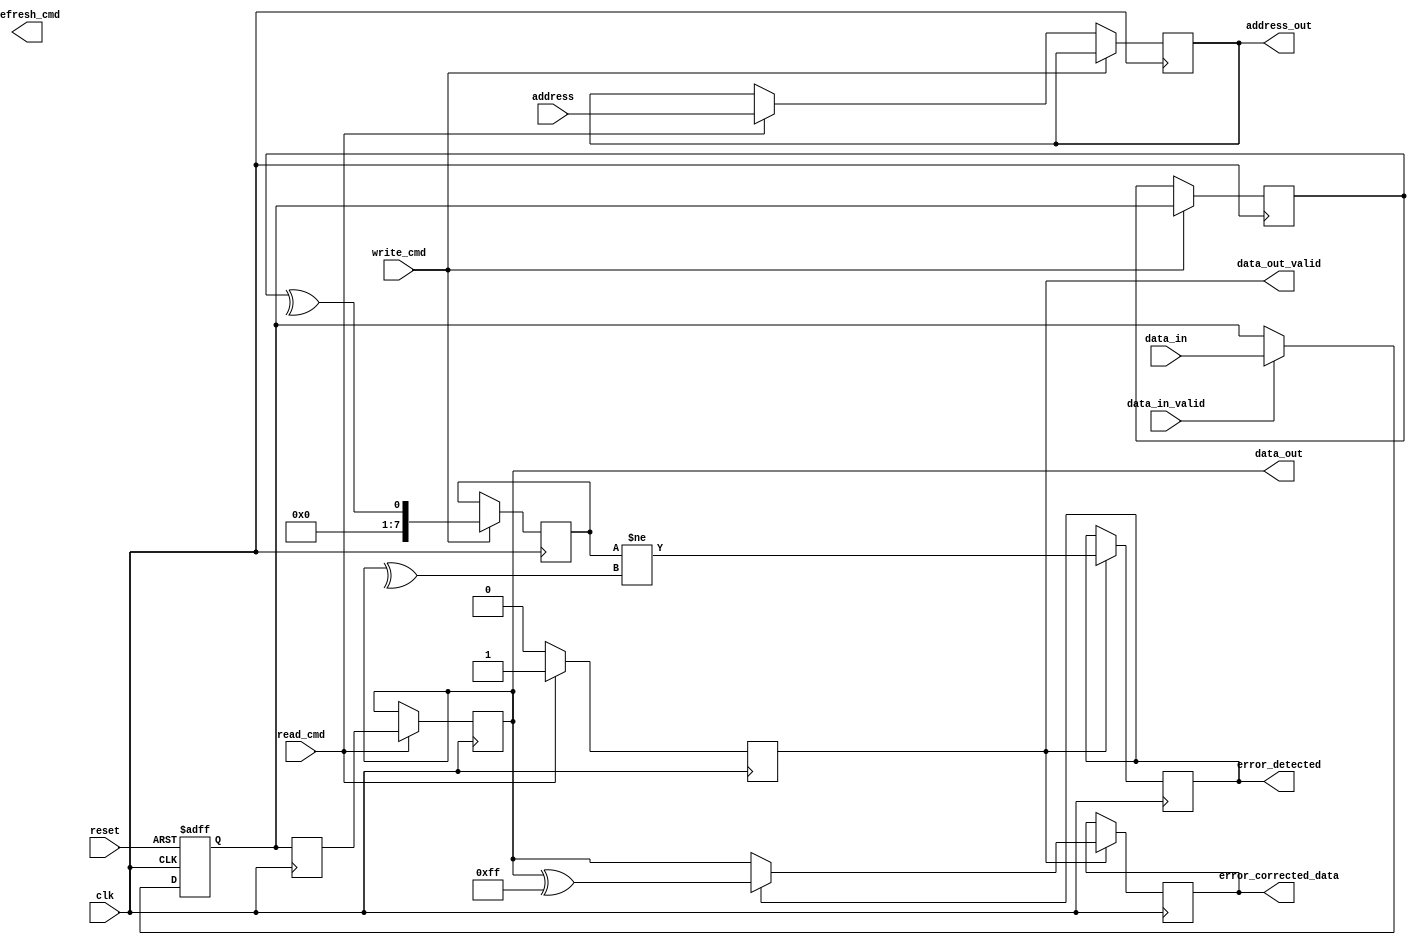
module io_block (
    input wire clk,                     // Clock signal
    input wire reset,                   // Reset signal
    input wire [7:0] data_in,           // Input data from external controller
    input wire data_in_valid,           // Valid signal for input data
    output reg [7:0] data_out,          // Output data to external controller
    output reg data_out_valid,          // Valid signal for output data
    input wire read_cmd,                // Read command signal
    input wire write_cmd,               // Write command signal
    input wire [15:0] address,          // Address input for memory access
    output reg [15:0] address_out,      // Address output for memory access
    output reg refresh_cmd,             // Refresh command signal
    output reg error_detected,          // Error detected signal
    output reg [7:0] error_corrected_data // Corrected data output
);

    // Internal signals
    reg [7:0] data_latch;               // Data latch for input
    reg [7:0] serialized_data;          // Serialized data for output
    reg [7:0] deserialized_data;        // Deserialized data for input
    reg [7:0] ecc_data;                 // ECC data for error detection
    reg [7:0] parity_bit;               // Parity bit for error checking

    // Data Input Buffer
    always @(posedge clk or posedge reset) begin
        if (reset) begin
            data_latch <= 8'b0;
        end else if (data_in_valid) begin
            data_latch <= data_in;
        end
    end

    // Data Serializer
    always @(posedge clk) begin
        serialized_data <= data_latch; // Simplified serialization
    end

    // Data Output Buffer
    always @(posedge clk) begin
        if (read_cmd) begin
            data_out <= serialized_data; // Output serialized data on read command
            data_out_valid <= 1'b1;
        end else begin
            data_out_valid <= 1'b0;
        end
    end

    // Command Decoder
    always @(posedge clk) begin
        if (write_cmd) begin
            // Handle write command logic
            // For simplicity, we assume data is written directly
            ecc_data <= data_latch; // Store data for ECC processing
            // Generate parity bit (simple even parity)
            parity_bit <= ^ecc_data;
        end else if (read_cmd) begin
            // Handle read command logic
            address_out <= address; // Output address for memory access
        end else if (refresh_cmd) begin
            // Handle refresh command logic
            // Refresh logic can be added here
        end
    end

    // Error Detection Logic (ECC and Parity Check)
    always @(posedge clk) begin
        // Simple parity check for error detection
        if (data_out_valid) begin
            error_detected <= (parity_bit != ^data_out);
            if (error_detected) begin
                // Simple error correction (for demonstration)
                error_corrected_data <= data_out ^ 8'hFF; // Invert data as a simple correction
            end else begin
                error_corrected_data <= data_out; // No error
            end
        end
    end

endmodule